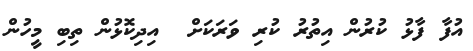
އުފާ ފާޅު ކުރުން އިތުރު ކުރި ވަރަކަށް  އިދިކޮޅުން ތިބި މީހުން